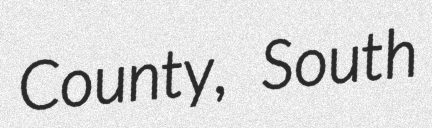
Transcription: County, South